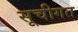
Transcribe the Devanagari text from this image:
सूचीगत